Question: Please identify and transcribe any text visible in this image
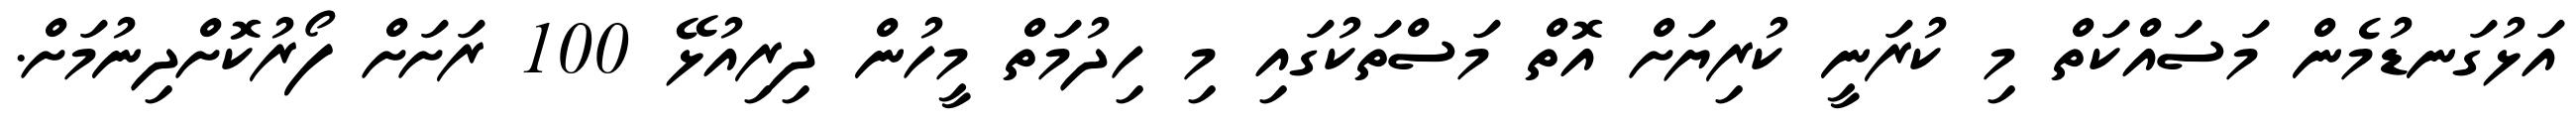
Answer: އަޅުގަނޑުމެން މަސައްކަތް މި ކުރަނީ ކުރިޔަށް އޮތް މަސްތަކުގައި މި ހިދުމަތް މީހުން ދިރިއުޅޭ 100 ރަށަށް ފޯރުކޮށްދިނުމަށް.